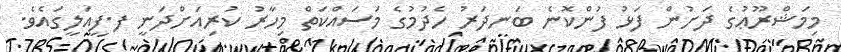
މިމަޝްރޫޢުގެ ދަށުން ފަޅު ފުންކޮނެ ބަނދަރު ހެދުމުގެ މަސައްކަތް މިހާރު ކުރިއަށްދަނީ ފ.ފީއަލީގައެވެ.